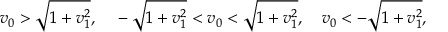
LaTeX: v _ { 0 } > \sqrt { 1 + v _ { 1 } ^ { 2 } } , ~ ~ ~ - \sqrt { 1 + v _ { 1 } ^ { 2 } } < v _ { 0 } < \sqrt { 1 + v _ { 1 } ^ { 2 } } , ~ ~ ~ v _ { 0 } < - \sqrt { 1 + v _ { 1 } ^ { 2 } } ,